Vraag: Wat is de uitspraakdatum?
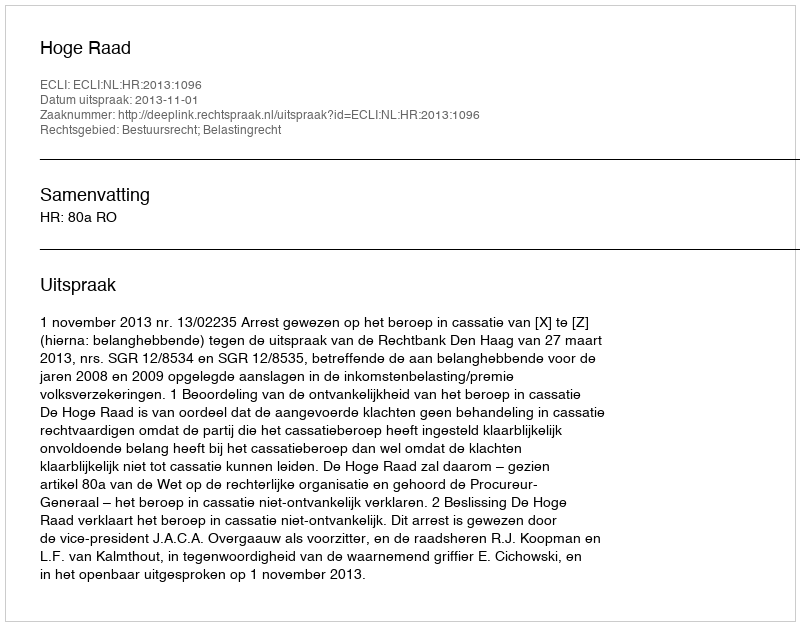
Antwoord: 2013-11-01